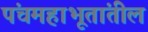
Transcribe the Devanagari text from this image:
पंचमहाभूतांतील